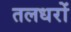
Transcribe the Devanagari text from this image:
तलधरों